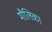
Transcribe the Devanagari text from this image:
मौलिका